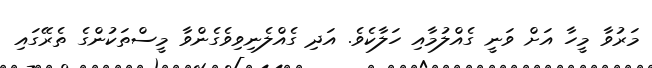
މަރުވާ މީހާ އަށް ވަނީ ގެއްލުމާއި ހަލާކެވެ. އަދި ގެއްލެނިވިވެގެންވާ މީސްތަކުންގެ ތެރޭގައި